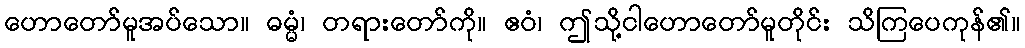
ဟောတော်မူအပ်သော။ ဓမ္မံ၊ တရားတော်ကို။ ဧဝံ၊ ဤသို့ငါဟောတော်မူတိုင်း သိကြပေကုန်၏။